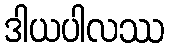
ဒါယပါလဿ